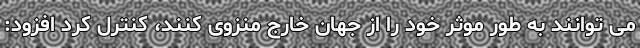
می توانند به طور موثر خود را از جهان خارج منزوی کنند، کنترل کرد افزود: